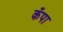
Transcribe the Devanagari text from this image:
कँपा